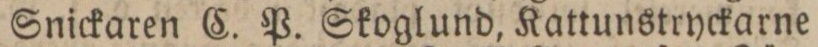
Snickaren C. P. Skoglund, Kattunstryckarne